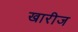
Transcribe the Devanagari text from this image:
खारीज